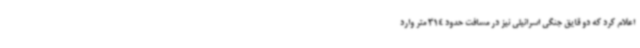
اعلام کرد که دو قایق جنگی اسرائیلی نیز در مسافت حدود 314 متر وارد